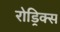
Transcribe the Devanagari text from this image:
रोड्रिक्स